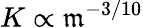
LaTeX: K\propto\mathfrak{m}^{-3/10}